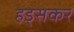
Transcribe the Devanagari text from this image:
हड्सकर